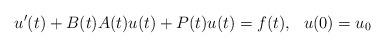
LaTeX: \begin{align*}u'(t) + B(t)A(t)u(t) + P(t)u(t) = f(t), \ \ u(0) = u_0\end{align*}